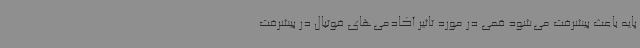
پایه باعث پیشرفت می‌شود قمی در مورد تاثیر آکادمی‌های فوتبال در پیشرفت